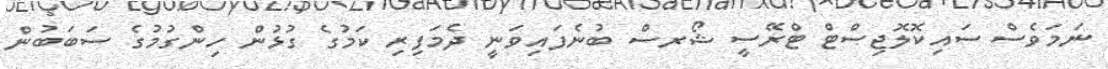
ނަމަވެސް ސައިކޮލޮޖިސްޓް ޓްރޭސީ ޝޯރސް ބުނެފައިވަނީ ދެމަފިރި ކަމުގެ ގުޅުން ހިންގުމުގެ ސަބަބުން